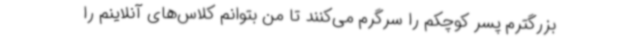
بزرگترم پسر کوچکم را سرگرم می‌کنند تا من بتوانم کلاس‌های آنلاینم را